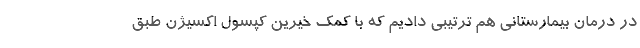
در درمان بیمارستانی هم ترتیبی دادیم که با کمک خیرین کپسول اکسیژن طبق